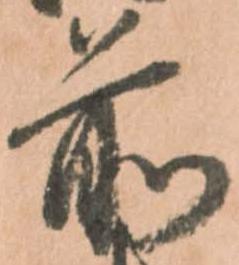
前